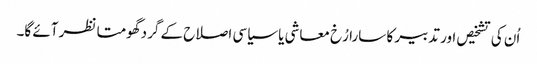
اُن کی تشخیص اور تدبیر کا سارا رُخ معاشی یا سیاسی اصلاح کے گرد گھومتا نظر آئے گا۔